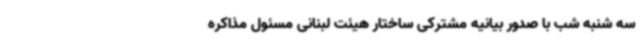
سه شنبه شب با صدور بیانیه مشترکی ساختار هیئت لبنانی مسئول مذاکره